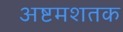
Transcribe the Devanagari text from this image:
अष्टमशतक